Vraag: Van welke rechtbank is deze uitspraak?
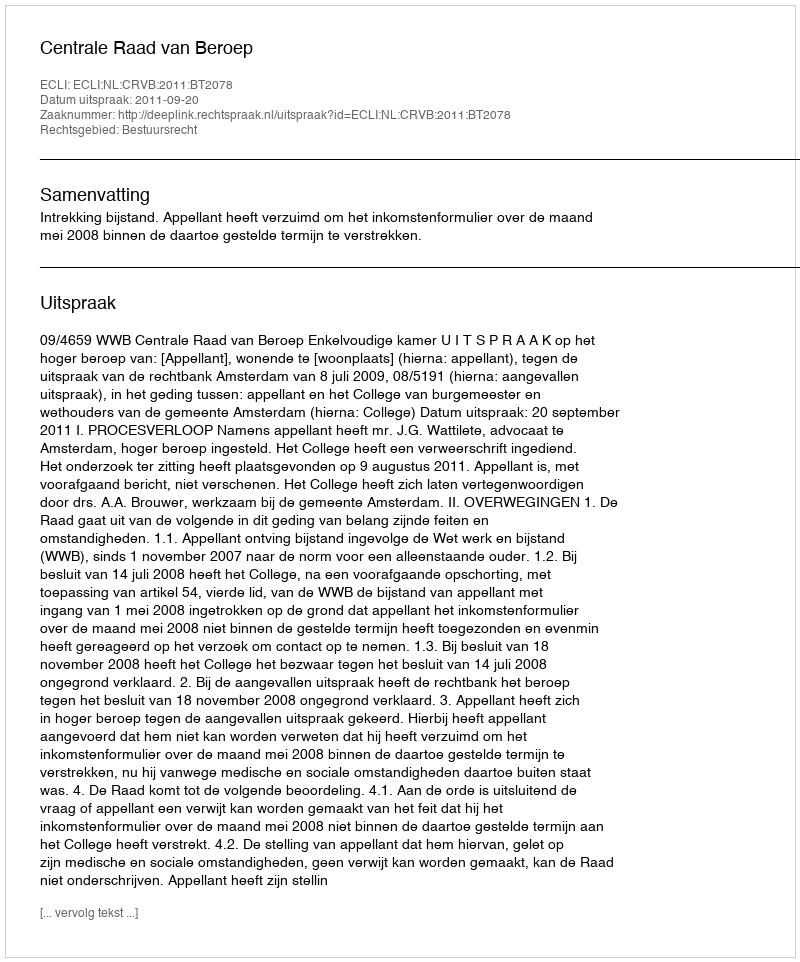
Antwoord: Centrale Raad van Beroep